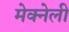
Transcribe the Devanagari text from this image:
मेक्नेली